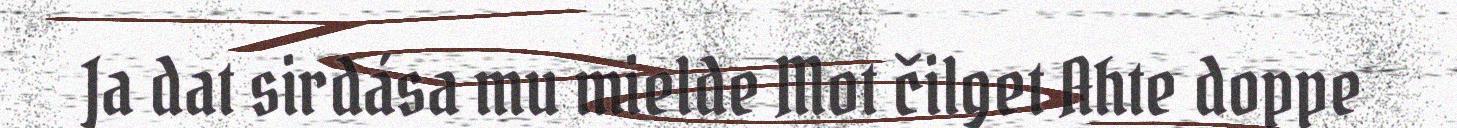
Ja dat sirdása mu mielde Mot čilget Ahte doppe